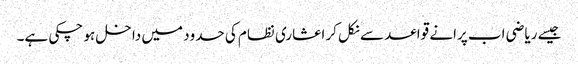
جیسے ریاضی اب پرانے قواعد سے نکل کر اعشاری نظام کی حدود میں داخل ہو چکی ہے۔